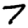
Digit: 7